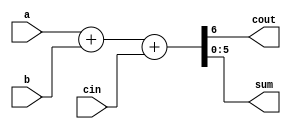
// Creating a scaleable adder

module adder_6(cout, sum, a, b, cin);
output cout;
output [5:0] sum; 	 // sum uses the size parameter
input cin;
input [5:0] a, b;  // 'a' and 'b' use the size parameter

assign {cout, sum} = a + b + cin;

endmodule